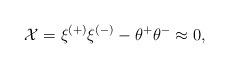
\begin{align*}{\cal X}=\xi^{(+)}\xi^{(-)}-\theta^+\theta^-\approx 0,\end{align*}